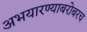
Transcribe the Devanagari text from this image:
अभयारण्याबरोबरच